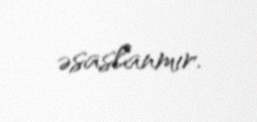
əsaslanmır.